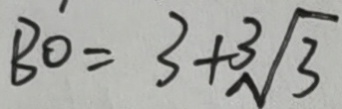
B O = 3 + \sqrt [ 3 ] { 3 }